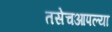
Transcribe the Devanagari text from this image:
तसेचआपल्या